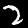
Digit: 2